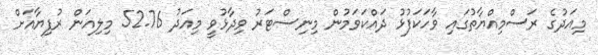
މިއަދުގެ ރަސްމިއްޔާތުގައި ވާހަކަފުޅު ދައްކަވަމުން މިނިސްޓަރު ވިދާޅުވީ މިއަދު 52.76 މިލިއަން ރުފިޔާއަށް